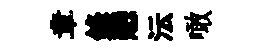
章鋒戀沄噉